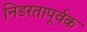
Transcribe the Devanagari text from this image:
निडरतापूर्वक